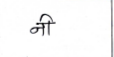
मजकूर: नी